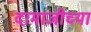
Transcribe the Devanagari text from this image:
दामाजीच्या